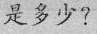
是多少?